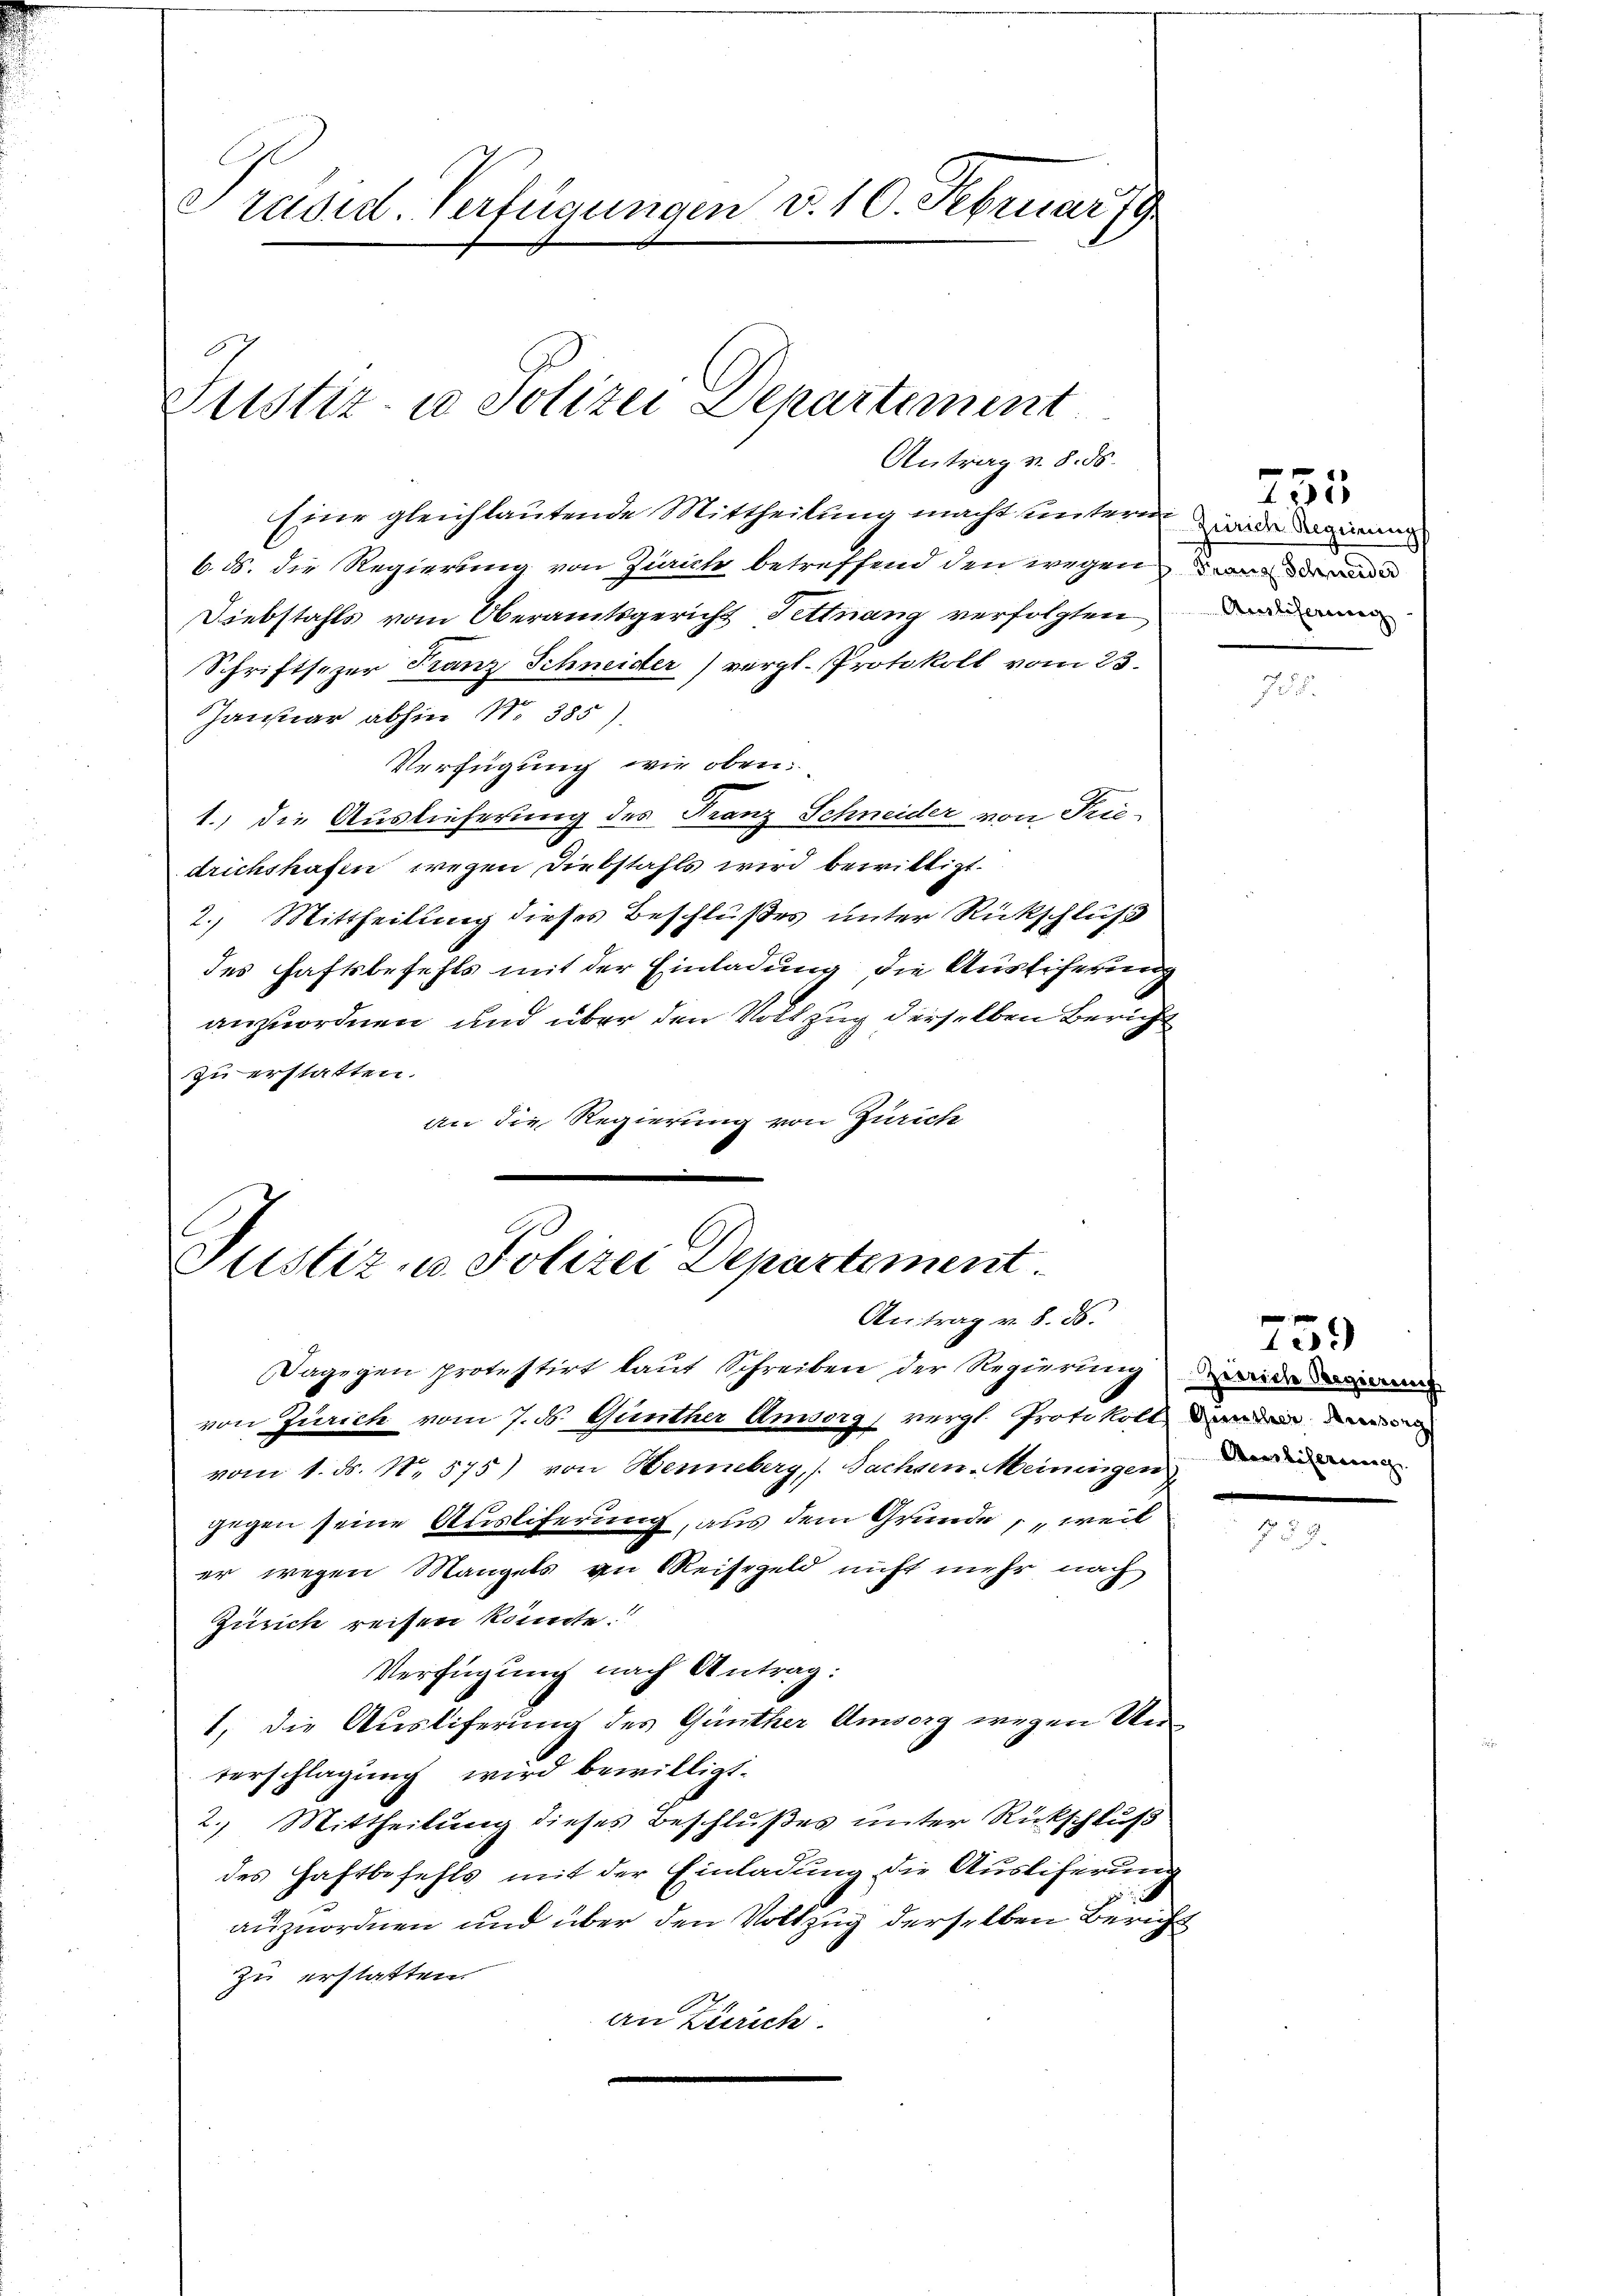
Präsid. Verfügungen v. 10. Februar 19

Justiz- u Polizei Departement
Antrag v. 8. ds.

Eine gleichlautende Mittheilung macht untern inde darinnes
b. ds. die Regierung von Zürich betreffend den wegen
Diebstahls vom Oberamtsgericht Fettnang verfolgten
Schriftsezer Franz Schneider) vergl. Protokoll vom 23.
Januar abhin 11. 385
Verfügung wir oben:
1.) die Auslieferung des Franz Schneider von Frie-
drichshafen wegen Diebstahls wird bewilligt.
2. Mittheilung dieses Beschlußes unter Rückschluß
des haftsbefehls mit der Einladung die Ausliferung
anzuordnen und über den Vollzug derselben Bericht
zu erstatten.
an die Regierung von Zürich

Justiz- u. Polizei Departement.
Antrag v. 8. ds.

Aresliferswan

Dagegen protestirt laut Schreiben der Regierung wiede deine
von Zürich vom 7. d. Günther Anorg, vergl. Protokoll
vom 1. ds. No. 575) von Henneberg, Sachsen-Meinungen darin
gegen seine Ausliferung, aus dem Grunde, weil
er wegen Mangels an Reisegeld nicht mehr nach
Zürich reisen könnte.
Verfügung nach Antrag:
1, die Ausliferung des Günther Amsorg wegen Unterschlagung wird bewilligt.
2. Mittheilung dieses Beschlußes unter Rückschluß
des Haftbefehls mit der Einladung die Ausliferung
auzuordnen und über den Vollzug derselben Bericht
zu erstatten.
an Zürich

253

e
.

759